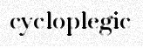
cycloplegic